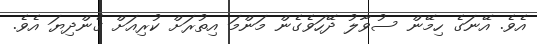
އެވެ. އޭނަގެ ހިމޭން ސުވާލު ދޭހަވެގެން މަންމަ އިތުރަށް ކުރިއަށް ގެންދިޔަ އެވެ.